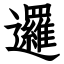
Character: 邏